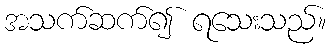
အသက်ဆက်၍ ရသေးသည်။